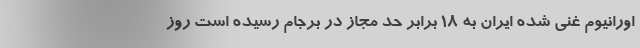
اورانیوم غنی‌ شده ایران به 18 برابر حد مجاز در برجام رسیده است روز